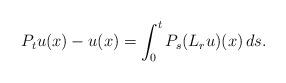
LaTeX: \begin{align*}P_t u(x) - u(x) = \int_0^t P_s(L_ru)(x) \, ds.\end{align*}